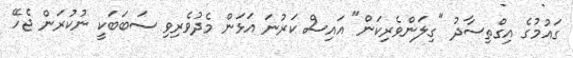
ގައުމުގެ އިގްތިސާދު "ގިލަންވެރިކަން" އައިސް ކަރުނަ އަޅަން މެދުވެރިވި ސަބަބަކީ ނުކުރަން ޖެހޭ